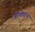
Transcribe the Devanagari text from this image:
जाधवान